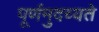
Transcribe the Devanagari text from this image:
पूर्णमुदच्यते